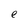
Character: e